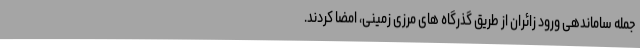
جمله ساماندهی ورود زائران از طریق گذرگاه های مرزی زمینی، امضا کردند.